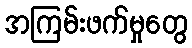
အကြမ်းဖက်မှုတွေ